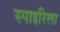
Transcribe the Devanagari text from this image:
स्पाइरिला